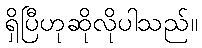
ရှိပြီဟုဆိုလိုပါသည်။